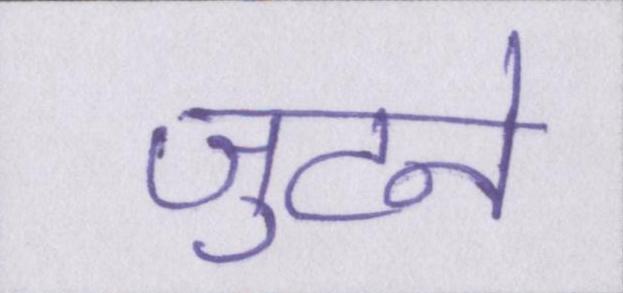
जुटने